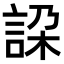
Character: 𧧇